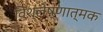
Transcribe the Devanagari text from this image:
विश्लेष्णात्मक